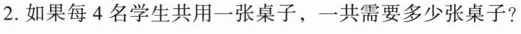
2. 如果每 4 名学生共用一张桌子，一共需要多少张桌子?